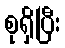
စုရှိပြီး